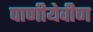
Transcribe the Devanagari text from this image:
पाणीयेवीण